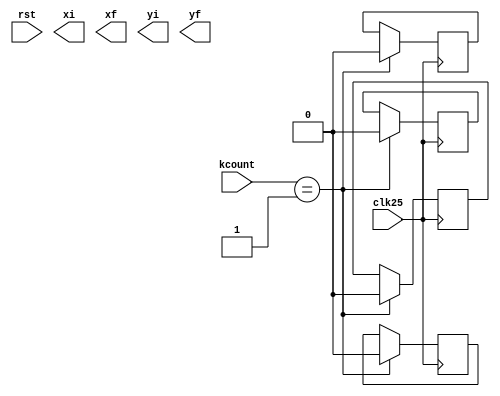
//---------------------------------------------------------------------------------------------------//
// MIT License
//
// Copyright (c) 2022 Jos Luis Jimnez Arvalo
// 
// Permission is hereby granted, free of charge, to any person obtaining a copy
// of this software and associated documentation files (the "Software"), to deal
// in the Software without restriction, including without limitation the rights
// to use, copy, modify, merge, publish, distribute, sublicense, and/or sell
// copies of the Software, and to permit persons to whom the Software is
// furnished to do so, subject to the following conditions:
// 
// The above copyright notice and this permission notice shall be included in all
// copies or substantial portions of the Software.
// 
// THE SOFTWARE IS PROVIDED "AS IS", WITHOUT WARRANTY OF ANY KIND, EXPRESS OR
// IMPLIED, INCLUDING BUT NOT LIMITED TO THE WARRANTIES OF MERCHANTABILITY,
// FITNESS FOR A PARTICULAR PURPOSE AND NONINFRINGEMENT. IN NO EVENT SHALL THE
// AUTHORS OR COPYRIGHT HOLDERS BE LIABLE FOR ANY CLAIM, DAMAGES OR OTHER
// LIABILITY, WHETHER IN AN ACTION OF CONTRACT, TORT OR OTHERWISE, ARISING FROM,
// OUT OF OR IN CONNECTION WITH THE SOFTWARE OR THE USE OR OTHER DEALINGS IN THE
// SOFTWARE.
//---------------------------------------------------------------------------------------------------//


module keysq(
	input clk25,
	input rst,
	input [7:0] kcount,
	output reg [9:0] xi,
	output reg [9:0] xf,
	output reg [9:0] yi, 
	output reg [9:0] yf);
	
	always @(posedge clk25)
    begin
			if (kcount == 1)begin
				xi[1] <= 0;
				xf[1] <= 0;
				yi[1] <= 0;
				yf[1] <= 0;
				
				
			end
    end
	
endmodule